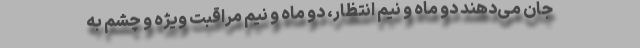
جان می‌دهند دو ماه و نیم انتظار، دو ماه و نیم مراقبت ویژه و چشم به